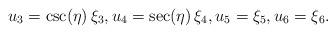
LaTeX: \begin{align*}u_3 = \csc(\eta) \, \xi_3, u_4 = \sec(\eta) \, \xi_4, u_5 = \xi_5, u_6 = \xi_6.\end{align*}